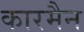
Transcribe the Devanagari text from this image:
कारमैन